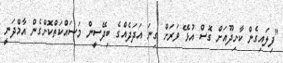
"ފިލައިގެން ކާށިދޫއަށް ގޮސް އުޅޭ ވަރަށް ގިނަ އަދަދެއްގެ ބިދޭސީން މަސައްކަތްކޮށްގެން އާމްދަނީ